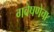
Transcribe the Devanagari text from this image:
गवेषणेचा